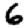
Digit: 6